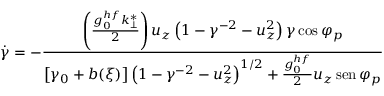
\dot { \gamma } = - \frac { \left( \frac { g _ { 0 } ^ { h f } k _ { \perp } ^ { * } } { 2 } \right) u _ { z } \left( 1 - \gamma ^ { - 2 } - u _ { z } ^ { 2 } \right) \gamma \cos \varphi _ { p } } { \left[ \gamma _ { 0 } + b ( \xi ) \right] \left( 1 - \gamma ^ { - 2 } - u _ { z } ^ { 2 } \right) ^ { 1 / 2 } + \frac { g _ { 0 } ^ { h f } } { 2 } u _ { z } \operatorname { s e n } \varphi _ { p } }